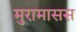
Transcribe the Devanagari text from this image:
मुरामासस